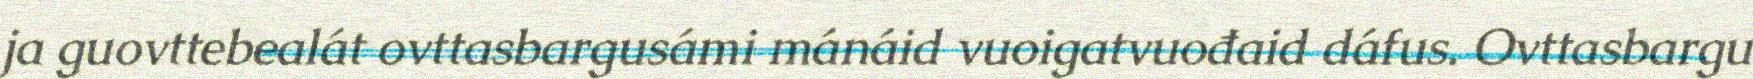
ja guovttebealát ovttasbargusámi mánáid vuoigatvuođaid dáfus. Ovttasbargu